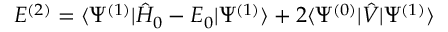
E ^ { ( 2 ) } = \langle \Psi ^ { ( 1 ) } | \hat { H } _ { 0 } - E _ { 0 } | \Psi ^ { ( 1 ) } \rangle + 2 \langle \Psi ^ { ( 0 ) } | \hat { V } | \Psi ^ { ( 1 ) } \rangle